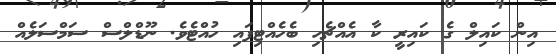
އިން ކައިލް ގެ ކައިރީ ކާ އެއްޗެހި ބެހެއްޓިފައި ހުއްޓެވެ. ނޫޑްލްސް ސަމްސަލެއް